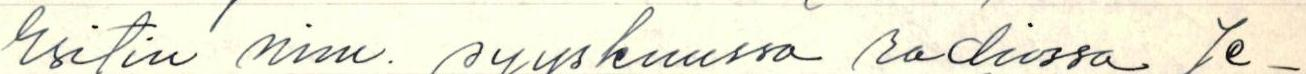
Esitin nim. syyskuussa radiossa Je-